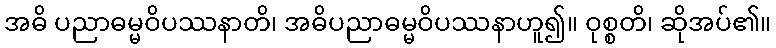
အဓိ ပညာဓမ္မဝိပဿနာတိ၊ အဓိပညာဓမ္မဝိပဿနာဟူ၍။ ဝုစ္စတိ၊ ဆိုအပ်၏။